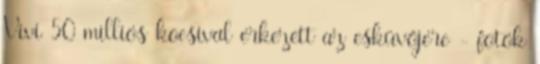
Vivi 50 milliós kocsival érkezett az esküvőjére - fotók